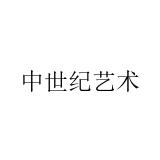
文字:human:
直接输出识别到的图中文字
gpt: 中世纪艺术